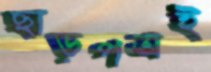
ছাড়পত্রই